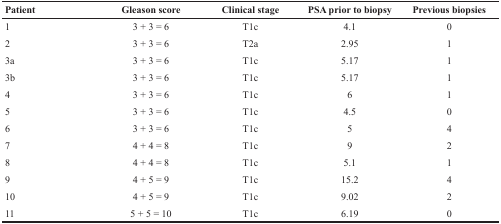
| Patient | Gleason score | Clinical stage | PSA prior to biopsy | Previous biopsies |
 | --- | --- | --- | --- | --- |
 | 1 | 3 + 3 = 6 | T1c | 4.1 | 0 |
 | 2 | 3 + 3 = 6 | T2a | 2.95 | 1 |
 | 3a | 3 + 3 = 6 | T1c | 5.17 | 1 |
 | 3b | 3 + 3 = 6 | T1c | 5.17 | 1 |
 | 4 | 3 + 3 = 6 | T1c | 6 | 1 |
 | 5 | 3 + 3 = 6 | T1c | 4.5 | 0 |
 | 6 | 3 + 3 = 6 | T1c | 5 | 4 |
 | 7 | 4 + 4 = 8 | T1c | 9 | 2 |
 | 8 | 4 + 4 = 8 | T1c | 5.1 | 1 |
 | 9 | 4 + 5 = 9 | T1c | 15.2 | 4 |
 | 10 | 4 + 5 = 9 | T1c | 9.02 | 2 |
 | 11 | 5 + 5 = 10 | T1c | 6.19 | 0 |